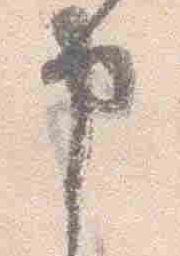
申